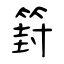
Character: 篈